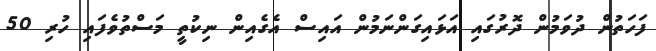
ފަހަތުން ދުވަމުން ދޮރުގައި އަޅައިގަންނަމުން އައިސް އެގެއިން ނިކުތީ މަސްތުވެފައި ހުރި 50